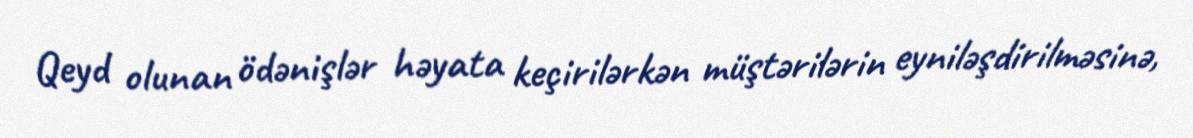
Qeyd olunan ödənişlər həyata keçirilərkən müştərilərin eyniləşdirilməsinə,